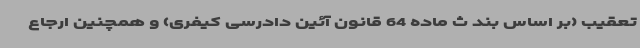
تعقیب (بر اساس بند ث ماده 64 قانون آئین دادرسی کیفری) و همچنین ارجاع